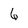
Character: 6